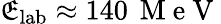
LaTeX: \mathfrak{E}_{\mathrm{{lab}}}\approx140\, \mathrm{{~M~e~V~}}